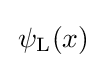
\,\psi _{\text{L}}(x)